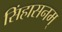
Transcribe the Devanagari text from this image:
सिंहासनम्